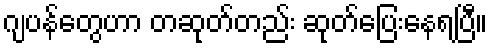
ဂျပန်တွေဟာ တဆုတ်တည်း ဆုတ်ပြေးနေရပြီ။